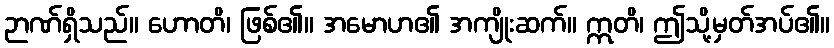
ဉာဏ်ရှိသည်။ ဟောတိ၊ ဖြစ်၏။ အမောဟ၏ အကျိုးဆက်။ ဣတိ၊ ဤသို့မှတ်အပ်၏။